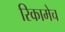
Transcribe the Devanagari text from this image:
रिकामेच